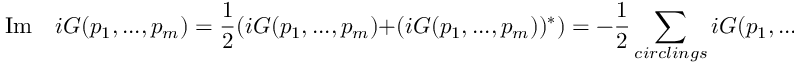
\mathrm { I m } \quad i G ( p _ { 1 } , . . . , p _ { m } ) = \frac 1 2 ( i G ( p _ { 1 } , . . . , p _ { m } ) + ( i G ( p _ { 1 } , . . . , p _ { m } ) ) ^ { * } ) = - \frac 1 2 \sum _ { c i r c l i n g s } i G ( p _ { 1 } , . . . , p _ { m } ) .